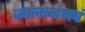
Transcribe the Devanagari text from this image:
ज्वलन्तंमचं